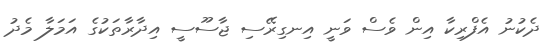
ދެކުނު އެފްރިކާ އިން ވެސް ވަނީ އިނގިރޭސި ޖާސޫސީ އިދާރާތަކުގެ އަމަލާ މެދު